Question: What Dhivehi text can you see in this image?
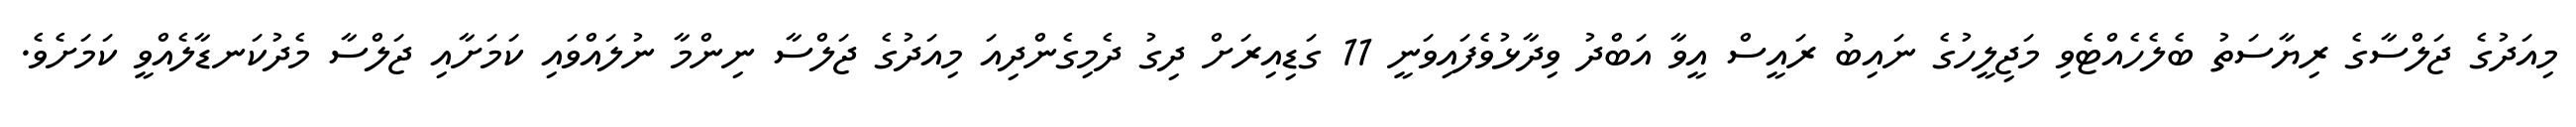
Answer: މިއަދުގެ ޖަލްސާގެ ރިޔާސަތު ބެލެހެއްޓެވި މަޖިލީހުގެ ނައިބު ރައީސް އީވާ އަބްދު ވިދާޅުވެފައިވަނީ 11 ގަޑިއިރަށް ދިގު ދެމިގެންދިއަ މިއަދުގެ ޖަލްސާ ނިންމާ ނުލައްވައި ކަމަށާއި ޖަލްސާ މެދުކަނޑާލެއްވީ ކަމަށެވެ.